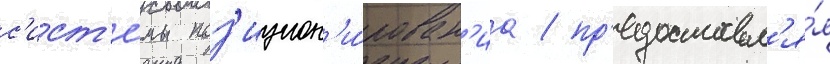
с'ист'е́мы поз'ицион'и́рован'иа / пр'едоставл'я́я